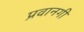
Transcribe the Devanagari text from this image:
प्रवानगी